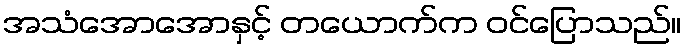
အသံအောအောနှင့် တယောက်က ဝင်ပြောသည်။